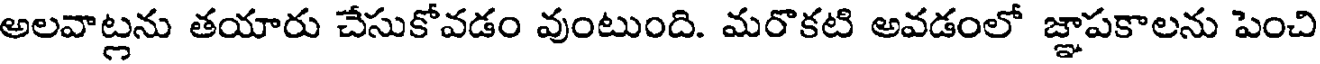
అలవాట్లను తయారు చేసుకోవడం వుంటుంది. మరొకటి అవడంలో జ్ఞాపకాలను పెంచి